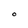
Character: O